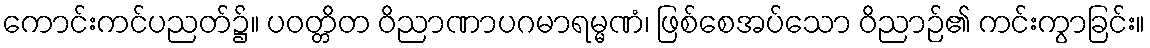
ကောင်းကင်ပညတ်၌။ ပဝတ္တိတ ဝိညာဏာပဂမာရမ္မဏံ၊ ဖြစ်စေအပ်သော ဝိညာဉ်၏ ကင်းကွာခြင်း။